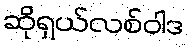
ဆိုရှယ်လစ်ဝါဒ